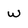
Character: w